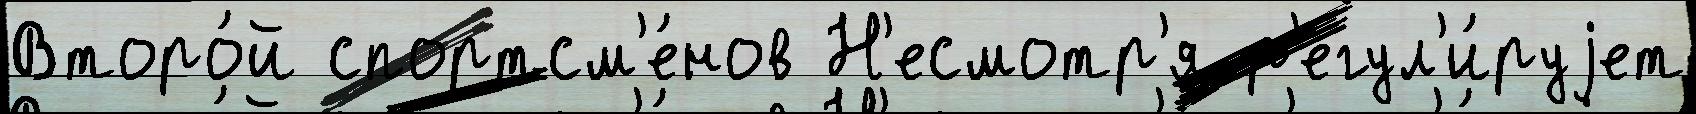
Второ́й спортсм'е́нов Н'есмотр'я р'егул'и́руjет